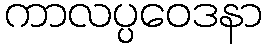
ကာလပ္ပဝေဒနာ